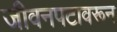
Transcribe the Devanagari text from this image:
जीवनपटावरून